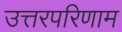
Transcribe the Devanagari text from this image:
उत्तरपरिणाम